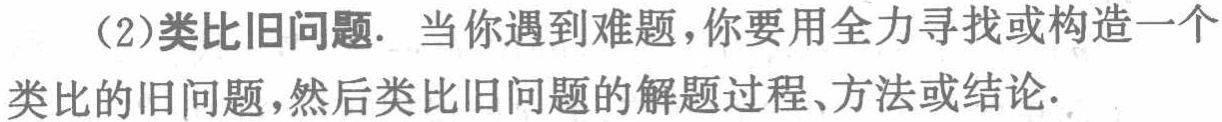
（2）类比旧问题. 当你遇到难题，你要用全力寻找或构造一个类比的旧问题，然后类比旧问题的解题过程、方法或结论.